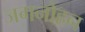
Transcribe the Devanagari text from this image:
जगनोहन